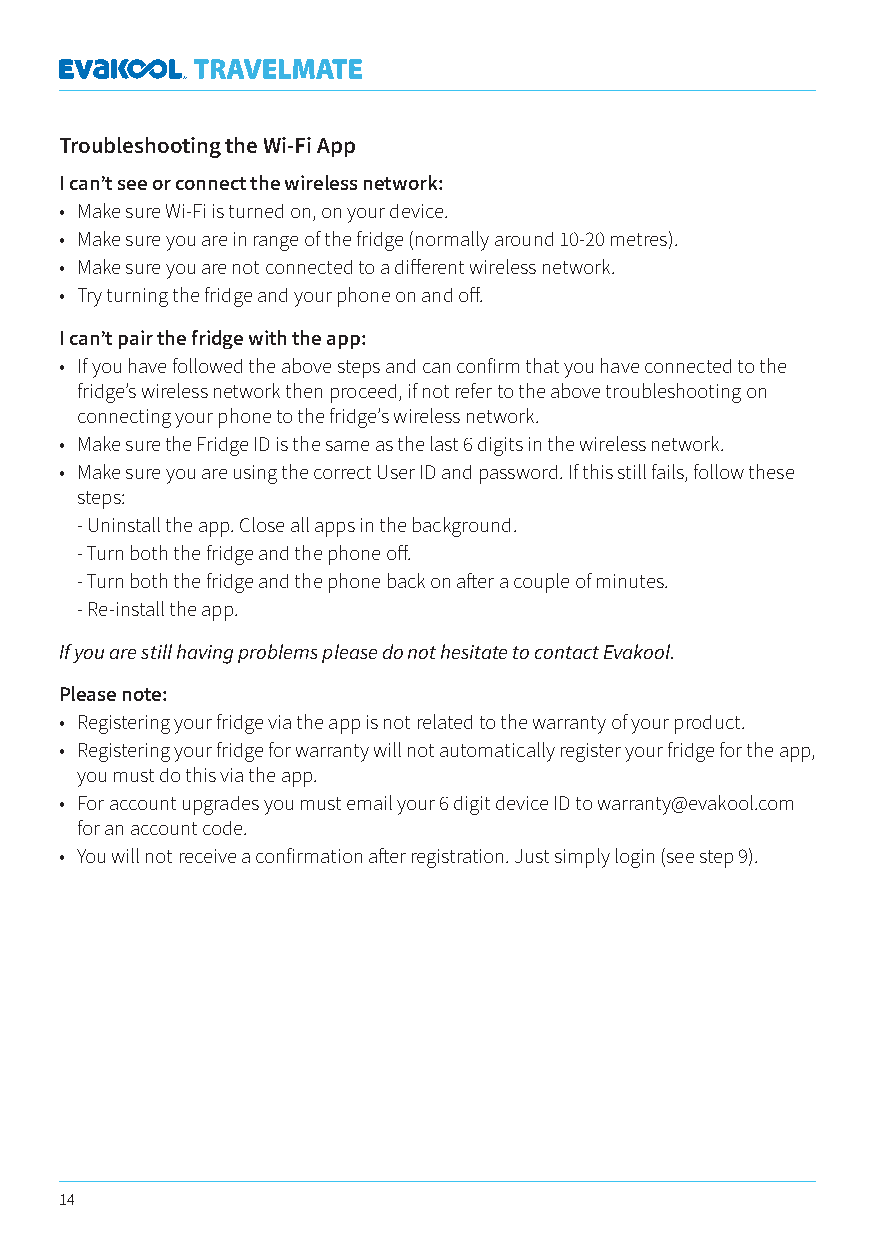
Troubleshooting the Wi-Fi App
 I can’t see or connect the wireless network:
 • Make sure Wi-Fi is turned on, on your device.
 • Make sure you are in range of the fridge (normally around 10-20 metres).
 • Make sure you are not connected to a different wireless network.
 • Try turning the fridge and your phone on and off.
 I can’t pair the fridge with the app:
 • If you have followed the above steps and can confirm that you have connected to the
 fridge’s wireless network then proceed, if not refer to the above troubleshooting on
 connecting your phone to the fridge’s wireless network.
 • Make sure the Fridge ID is the same as the last 6 digits in the wireless network.
 • Make sure you are using the correct User ID and password. If this still fails, follow these
 steps:
 - Uninstall the app. Close all apps in the background.
 - Turn both the fridge and the phone off.
 - Turn both the fridge and the phone back on after a couple of minutes.
 - Re-install the app.
 If you are still having problems please do not hesitate to contact Evakool.
 Please note:
 • Registering your fridge via the app is not related to the warranty of your product.
 • Registering your fridge for warranty will not automatically register your fridge for the app,
 you must do this via the app.
 • For account upgrades you must email your 6 digit device ID to warranty@evakool.com
 for an account code.
 • You will not receive a confirmation after registration. Just simply login (see step 9).
 14